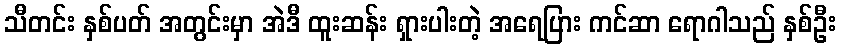
သီတင်း နှစ်ပတ် အတွင်းမှာ အဲဒီ ထူးဆန်း ရှားပါးတဲ့ အရေပြား ကင်ဆာ ရောဂါသည် နှစ်ဦး